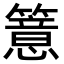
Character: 𥵆